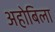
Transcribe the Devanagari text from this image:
अहोबिला